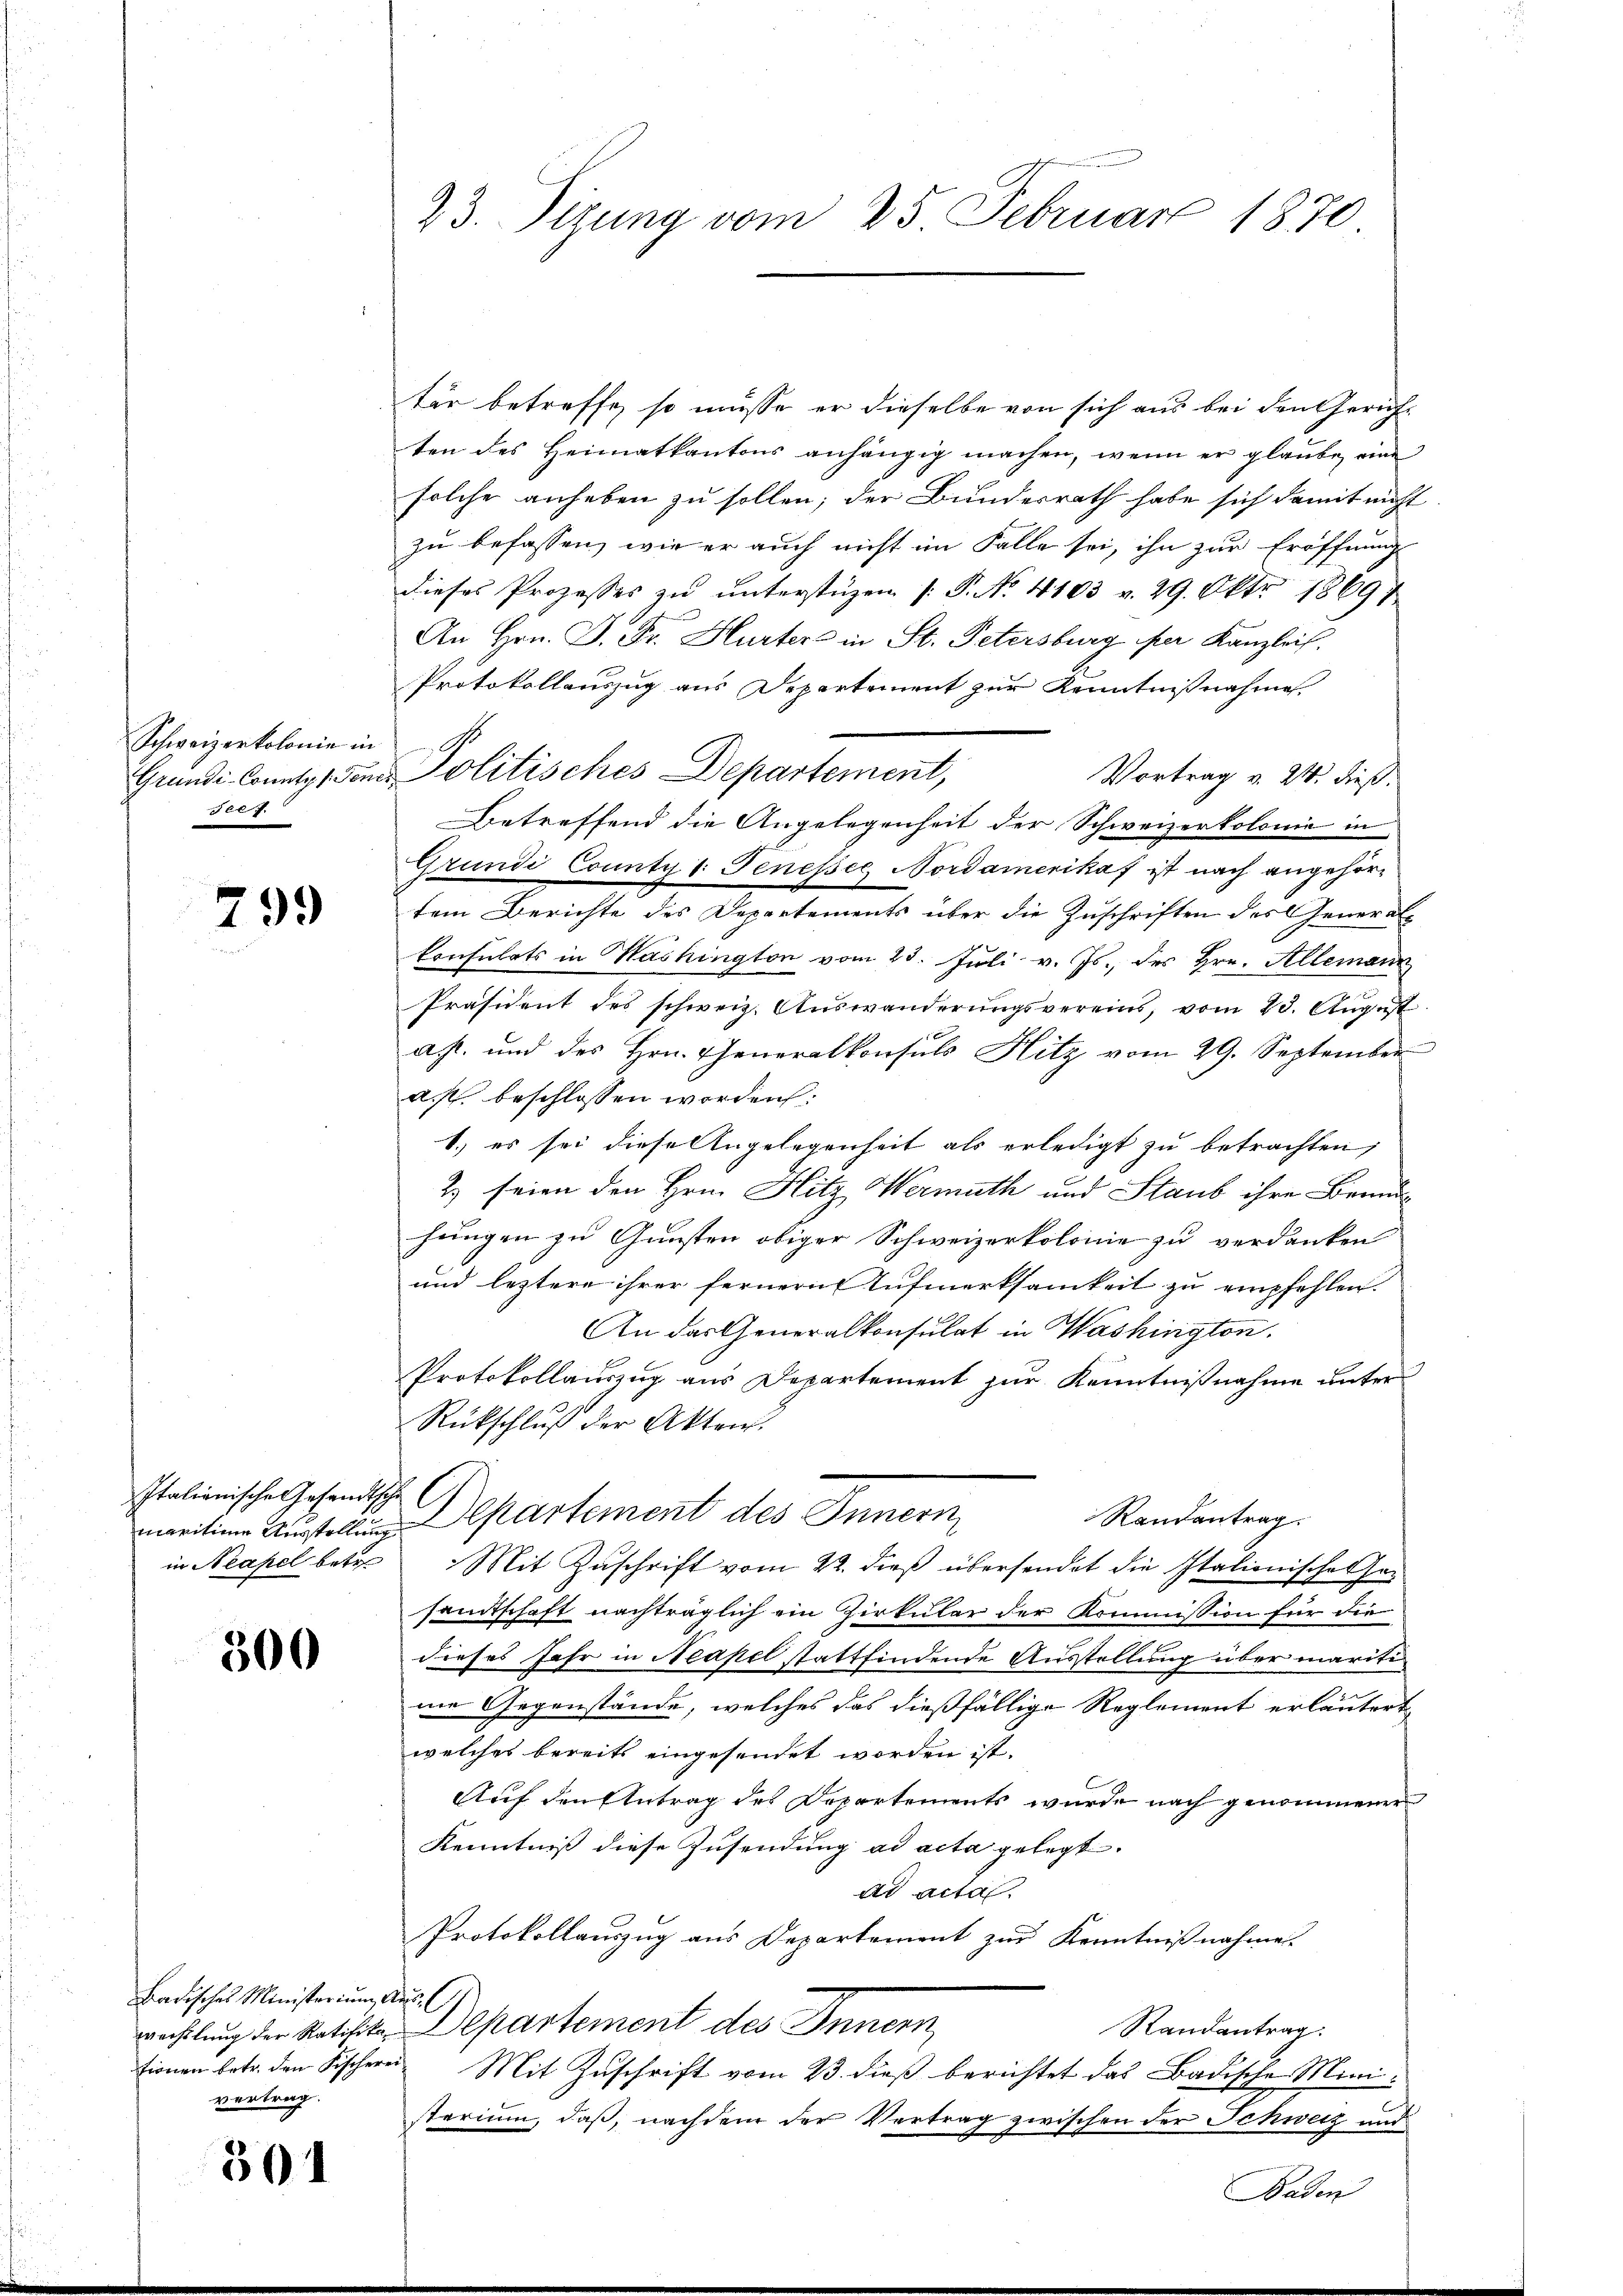
Schweizerkolonie in
Grundi-Countz /: Per
e.

799

Italionische Gesandtsche

300

Badisches Ministerium Aus- (
tionen betr. den Fischerei
vertrag.

301

23. Sizung vom 25. Februar 1870

tär betreffe, so müsse er dieselbe von sich aus bei den Gericht
ten des Heimatkantons anhängig machen, wenn er glaube eine
solche anheben zu sollen; der Bundesrath habe sich damit nicht
zu befassen, wie er auch nicht im Falle sei, ihn zur Eröffnung
dieses Prozesses zŭ ŭnterstüzen (: P. No. 4103 v. 29. Okt 18697
An Hrn. F. Fr. Hurters in St. Petersburg per Kanzlei,
Protokollauszug aus Departement zur Kenntnißnahme
u Politisches Departement,
Vortrag v. 24. dieß.
Betreffend die Angelegenheit der Schweizerkolonie in
Grundi County 1. Fenesser Nordamerikaf ist nach angehörtem Berichte des Departements über die Zuschriften des Generalkonsulats in Washington vom 23. Juli v. Js., des Hrn. Allemann
Präsident des schweiz. Auswanderungsvereins, vom 23. August
a. s. und des Hrn. Generalkonsuls Hitz vom 29. September
a. f. beschlossen worden:
1.) es sei diese Angelegenheit als erledigt zu betrachten;
2) seien den Hrn. Hitz Wermuth und Staub ihre Bemü
hungen zu Gunsten obiger Schweizerkolonie zu verdanken
und leztere ihrer fernern Aufmerksamkeit zu empfehlen.
An das Generalkonsulat in Washington.
Protokollauszug aus Departement zur Kenntnißnahme unter
Rückschluß der Akten.
Randantrag.
maritium Ausstellung partement des Innern
in Neapel betr. Mit Zuschrift vom 22. dieß übersendet die Italionischet hasandtschaft nachträglich ein Zirkular der Kommission für die
dieses Jahr in Neapel stattfindende Ausstellung über mariti
ne Gegenstände, welches das dießfällige Reglement erläutert
welches bereits eingesendet worden ist.
Auf den Antrag des Departements wurde nach genommener
Kenntniß diese Zusendung ad acta gelegt.
ad actal.
Protokollauszug aus Departement zur Kenntnißnahme.
wechslung der Ratifika. Departement des Innern
Randantrag.
Mit Zuschrift vom 23. dieß berichtet das Badische Miniterium, daß, nachdem der Vertrag zwischen der Schweiz und